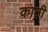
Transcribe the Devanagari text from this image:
काठी